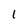
Character: 1